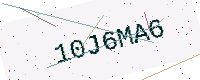
Text: 10J6MA6